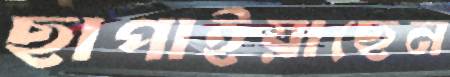
ছাপাইয়াছেন